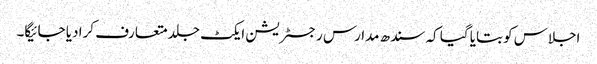
اجلاس کو بتایا گیا کہ سندھ مدارس رجسٹریشن ایکٹ جلد متعارف کرا دیا جائیگا۔